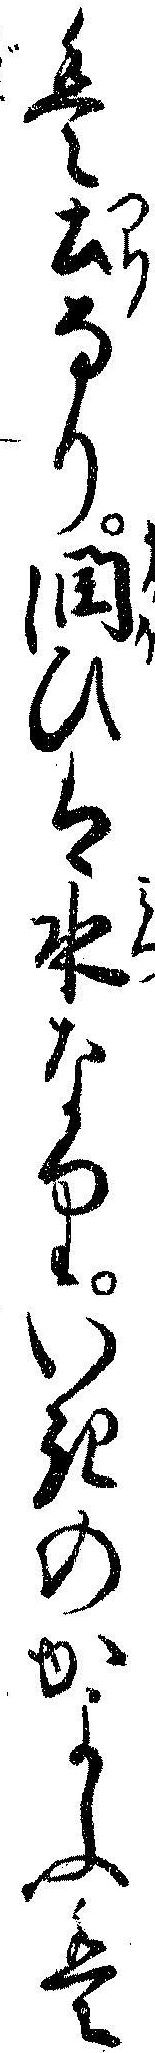
は土なり潤ひは水なりいきのかよふは